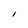
Character: l